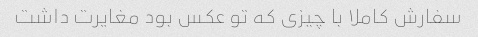
سفارش کاملا با چیزی که تو عکس بود مغایرت داشت